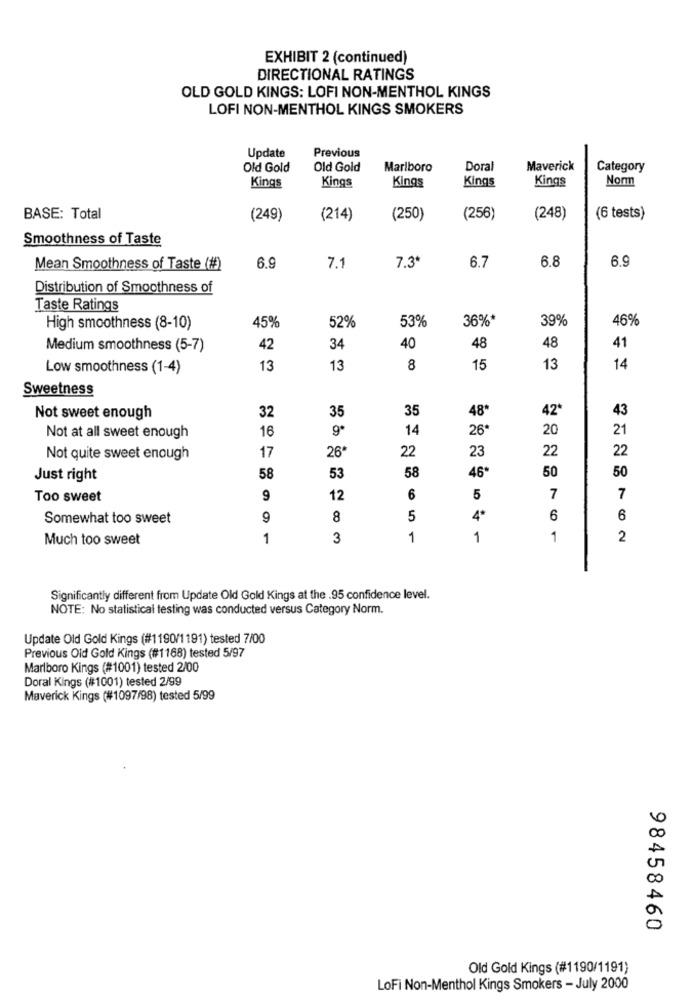
EXHIBIT 2 (continued)
DIRECTIONAL RATINGS
OLD GOLD KINGS: LOFI NON-MENTHOL KINGS
LOFI NON-MENTHOL KINGS SMOKERS
Update
Previous
Old Gold
Old Gold
Marlboro
Doral
Maverick
Category
Kings
Kings
Kings
Kings
Norm
Kings
BASE: Total
(249)
(214)
(250)
(256)
(248)
(6 tests)
Smoothness of Taste
6.7
6.8
6.9
Mean Smoothness of Taste (#)
6.9
7.1
7.3*
Distribution of Smoothness of
Taste Ratings
45%
52%
53%
36%*
39%
46%
High smoothness (8-10)
Medium smoothness (5-7)
42
34
40
48
48
41
Low smoothness (1-4)
13
13
8
15
13
14
Sweetness
32
35
35
48
42
43
Not sweet enough
16
14
26
20
21
Not at all sweet enough
17
22
22
22
Not quite sweet enough
26
23
58
50
50
Just right
58
53
46*
Too sweet
9
12
6
5
7
7
Somewhat too sweet
9
8
5
6
6
Much too sweet
1
3
1
1
1
2
Significantly different from Update Old Gold Kings at the .95 confidence level.
NOTE: No statistical testing was conducted versus Category Norm.
Update Old Gold Kings (#1190/1191) tested 7/00
Previous Old Gold Kings (#1168) tested 5/97
Marlboro Kings (#1001) tested 2/00
Doral Kings (#1001) tested 2/99
Maverick Kings (#1097/98) tested 5/99
98458460
Old Gold Kings (#1190/1191)
LoFi Non-Menthol Kings Smokers - July 2000